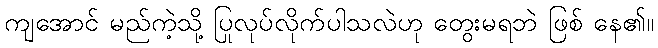
ကျအောင် မည်ကဲ့သို့ ပြုလုပ်လိုက်ပါသလဲဟု တွေးမရဘဲ ဖြစ် နေ၏။